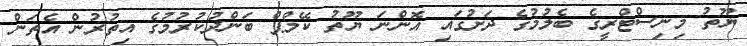
ޔޫތު މިނިސްޓްރީގެ ބެލުމުގެ ދަށުގައި އޮންނަ ޔޫތު ކޭމްޕް ބަންދުކުރުމުގެ އިތުރުން އެތަން